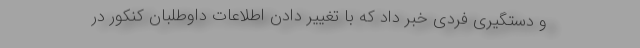
و دستگیری فردی خبر داد که با تغییر دادن اطلاعات داوطلبان کنکور در